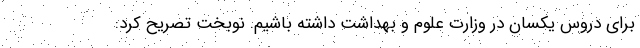
برای دروس یکسان در وزارت علوم و بهداشت داشته باشیم. نوبخت تصریح کرد: